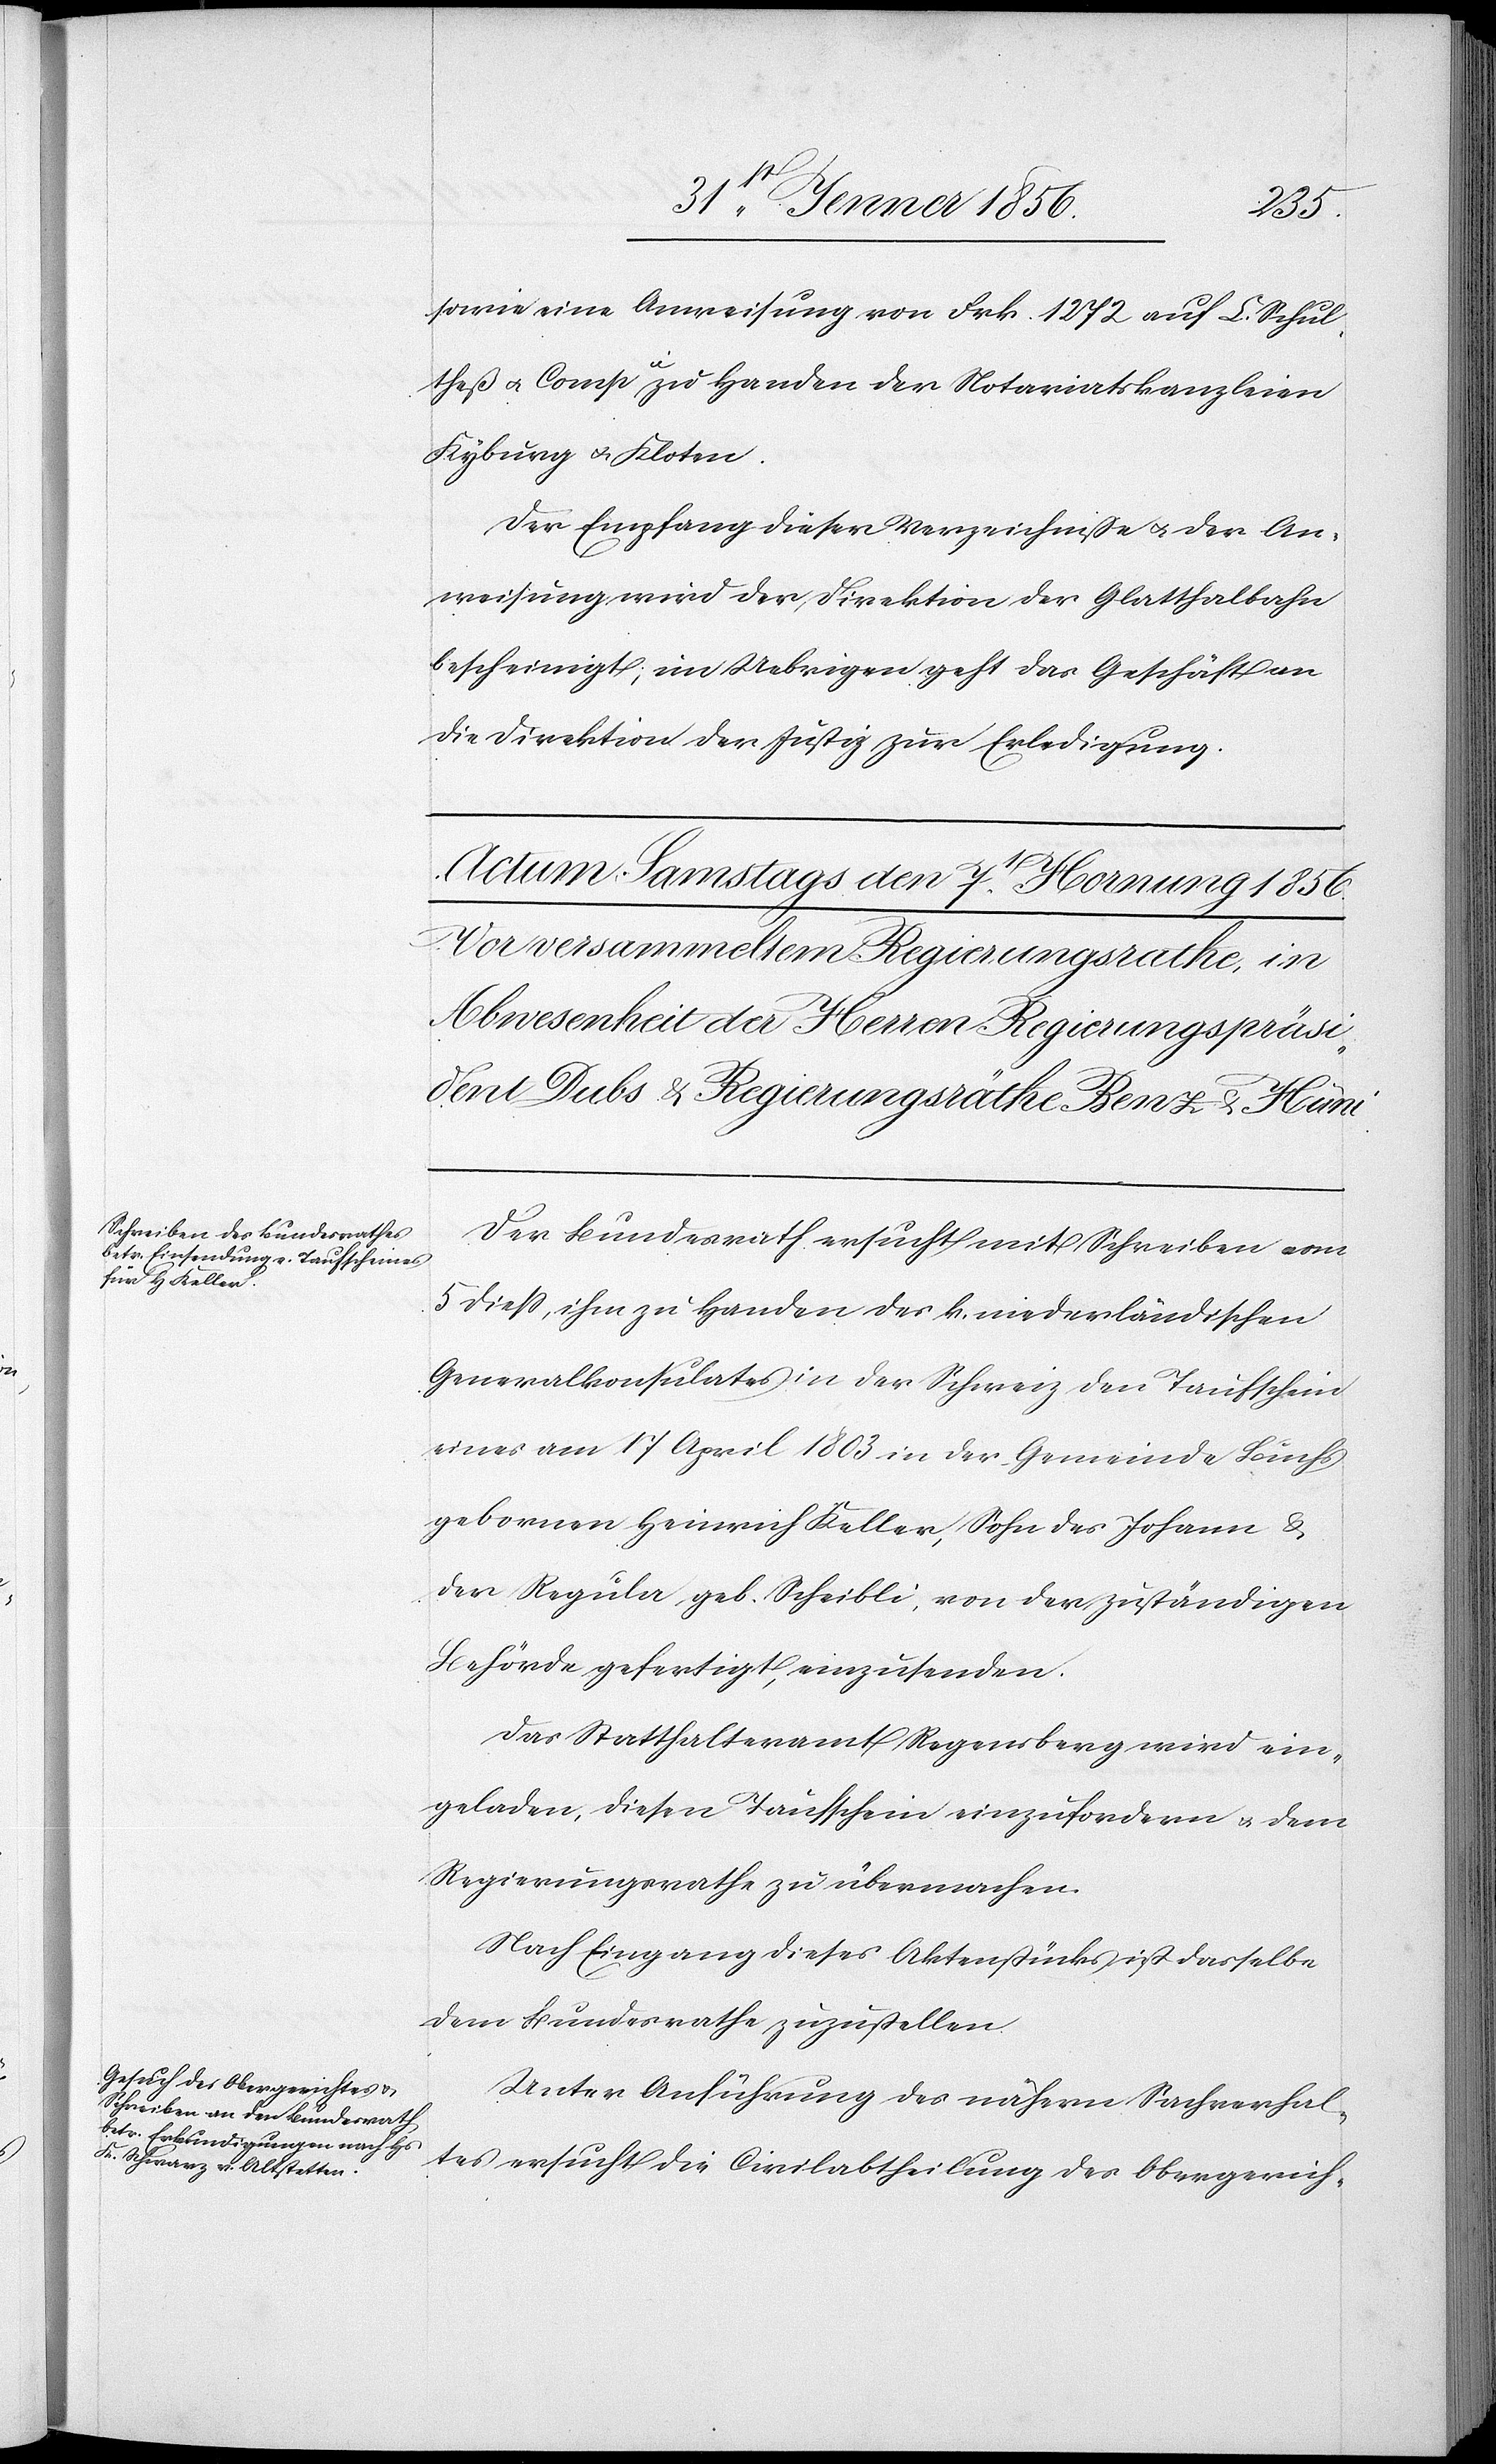
sowie eine Anweisung von Frk. 1272 auf L. Schul¬
theß u. Compie zu Handen der Notariatskanzleien
Kyburg u. Kloten.
Der Empfang dieser Verzeichniße u. der An¬
weisung wird der Direktion der Glatthalbahn
bescheinigt, im Uebrigen geht das Geschäft an
die Direktion der Justiz zur Erledigung.
Der Bundesrath ersucht mit Schreiben vom
5 dieß, ihm zu Handen des k. niederländischen
Generalkonsulates in der Schweiz den Taufschein
eines am 17 April 1803 in der Gemeinde Buchs
gebornen Heinrich Keller, Sohn des Johann &
der Regula geb. Scheibli, von der zuständigen
Behörde gefertigt, einzusenden.
Das Statthalteramt Regensberg wird ein¬
geladen, diesen Taufschein einzufordern u. dem
Regierungsrathe zu übermachen.
Nach Eingang dieses Aktenstücks ist dasselbe
dem Bundesrathe zuzustellen.
Unter Anführung des nähern Sachverhal¬
tes ersucht die Civilabtheilung des Obergerich-